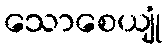
သောစေယျုံ